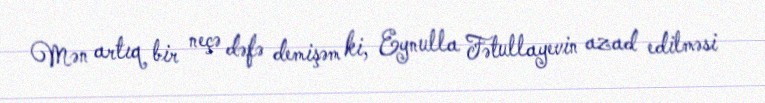
Mən artıq bir neçə dəfə demişəm ki, Eynulla Fətullayevin azad edilməsi